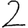
Digit: 2